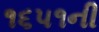
૧૬૫૧ની